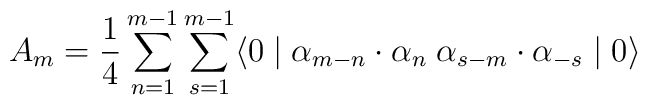
A_m = \frac {1} {4} \sum\limits_{n=1}^{m-1} \sum\limits_{s=1}^{m-1}\langle 0 \mid {\alpha}_{m-n} \cdot {\alpha}_n \; {\alpha}_{s-m}\cdot {\alpha}_{-s} \mid 0 \rangle